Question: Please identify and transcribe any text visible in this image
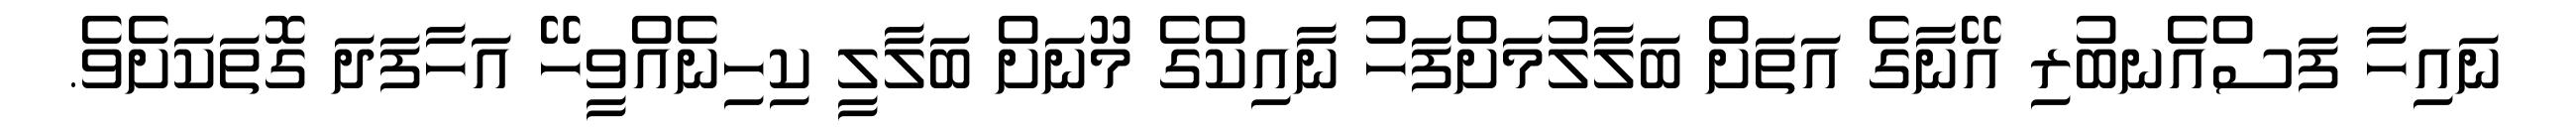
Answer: ނައިހާ ފަސްއެނބުރި އޭނާގެ އަތަށް ބަލާލުމަށްފަހު ނާއިކްގެ މޫނަށް ބަލާލީ ކިހިނެއްވީހޭ އަހާފަދަ ގޮތަކަށެވެ.